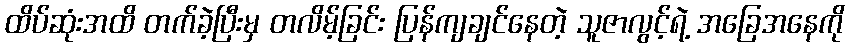
ထိပ်ဆုံးအထိ တက်ခဲ့ပြီးမှ တလိမ့်ခြင်း ပြန်ကျချင်နေတဲ့ သူဇာလွင့်ရဲ့ အခြေအနေကို